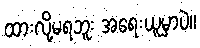
ထားလို့မရဘူး အရေးယူမှာပဲ။